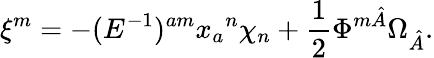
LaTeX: \xi^{m}=-(E^{-1})^{am}x_{a}{}^{n}\chi_{n}+\frac{1}{2}\Phi^{m\hat{A}}\Omega_{\hat{A}}.